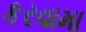
કરવામા